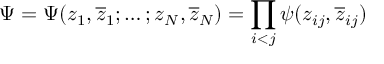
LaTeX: \Psi = \Psi ( z _ { 1 } , \overline { { { z } } } _ { 1 } ; \ldots ; z _ { N } , \overline { { { z } } } _ { N } ) = \prod _ { \scriptstyle i < j } \psi ( z _ { i j } , \overline { { { z } } } _ { i j } )